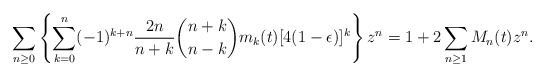
\begin{align*}\sum_{n \geq 0}\left\{\sum_{k=0}^n(-1)^{k+n} \frac{2n}{n+k}\binom{n+k}{n-k} m_k(t)[4(1-\epsilon)]^k\right\} z^n & = 1+ 2\sum_{n \geq 1}M_n(t)z^n.\end{align*}